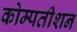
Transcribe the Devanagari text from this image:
कोम्पतीशन